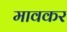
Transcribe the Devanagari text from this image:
मावकर